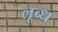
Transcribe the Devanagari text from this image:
लूब्ध